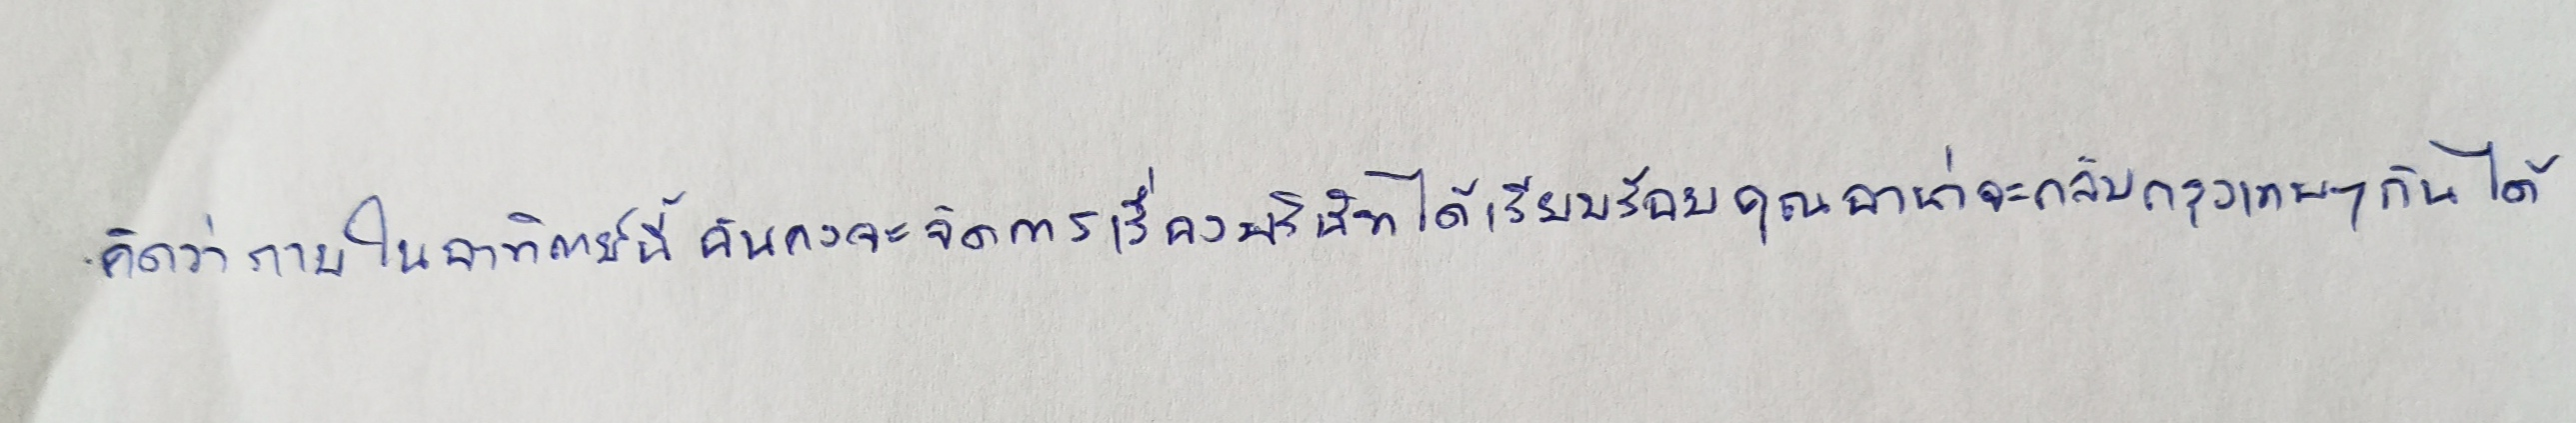
"คิดว่าภายในอาทิตย์นี้ฉันคงจะจัดการเรื่องบริษัทได้เรียบร้อยคุณอาน่าจะกลับกรุงเทพฯกันได้"